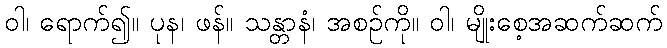
ဝါ၊ ရောက်၍။ ပုန၊ ဖန်။ သန္တာနံ၊ အစဉ်ကို။ ဝါ၊ မျိုးစေ့အဆက်ဆက်